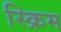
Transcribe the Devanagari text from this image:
स्क्रिम